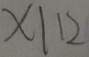
x \vert 1 2